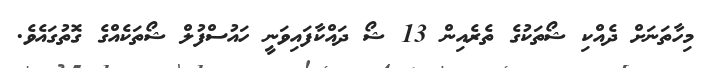
މިހާތަނަށް ދެއްކި ޝޯތަކުގެ ތެރެއިން 13 ޝޯ ދައްކާފައިވަނީ ހައުސްފުލް ޝޯތަކެއްގެ ގޮތުގައެވެ.